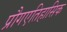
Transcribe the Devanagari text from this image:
प्रौगएतिहासिक